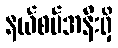
နယ်စပ်အနီးရှိ